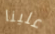
علينا